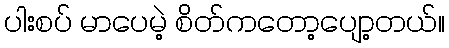
ပါးစပ် မာပေမဲ့ စိတ်ကတော့ပျော့တယ်။